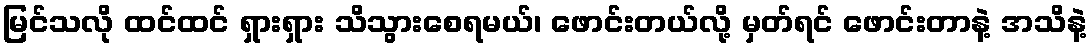
မြင်သလို ထင်ထင် ရှားရှား သိသွားစေရမယ်၊ ဖောင်းတယ်လို့ မှတ်ရင် ဖောင်းတာနဲ့ အသိနဲ့